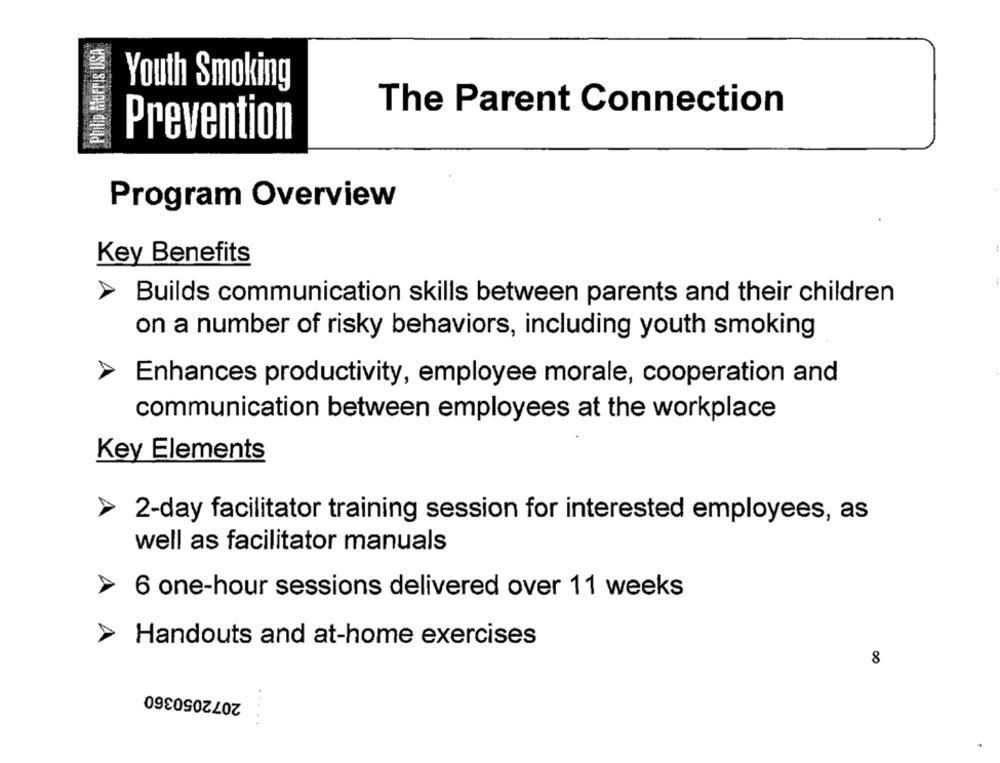
Philip Morris USA
Youth Smoking
The Parent Connection
Prevention
Program Overview
Key Benefits
Builds communication skills between parents and their children
on a number of risky behaviors, including youth smoking
Enhances productivity, employee morale, cooperation and
communication between employees at the workplace
Key Elements
2-day facilitator training session for interested employees, as
well as facilitator manuals
6 one-hour sessions delivered over 11 weeks
Handouts and at-home exercises
8
2072050360
. .